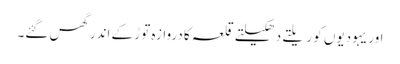
اور یہودیوں کو ریلتے دھکیلتے قلعہ کا دروازہ توڑ کے اندر گھس گئے۔